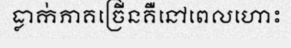
ធ្លាក់ភាគច្រើនគឺនៅពេលហោះ